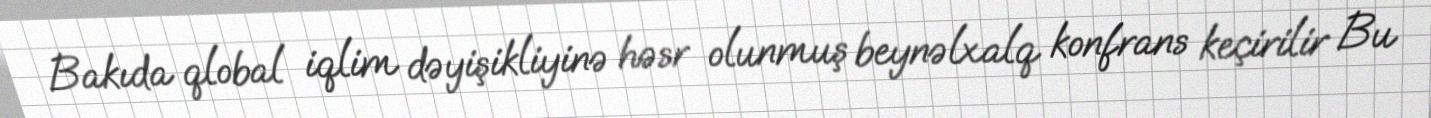
Bakıda qlobal iqlim dəyişikliyinə həsr olunmuş beynəlxalq konfrans keçirilir Bu